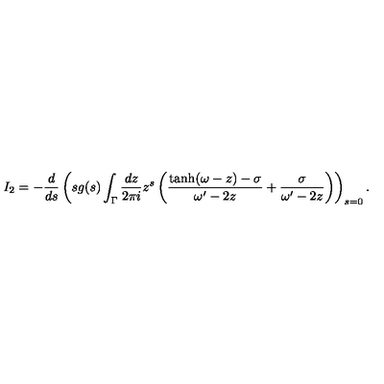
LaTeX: I _ { 2 } = - \frac { d } { d s } \left( s g ( s ) \int _ { \Gamma } \frac { d z } { 2 \pi i } z ^ { s } \left( \frac { \tanh ( \omega - z ) - \sigma } { \omega ^ { \prime } - 2 z } + \frac { \sigma } { \omega ^ { \prime } - 2 z } \right) \right) _ { s = 0 } .